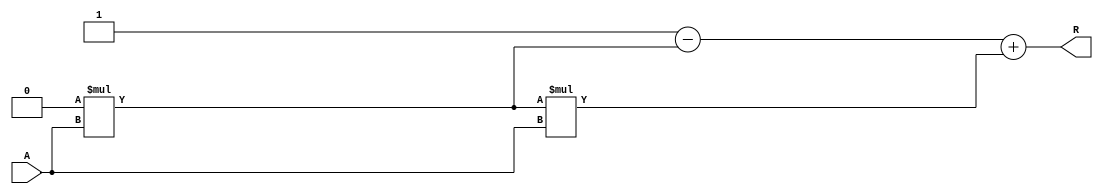
module ApproximateReciprocal #(
    parameter WIDTH = 16  // Bit-width of the input and output
)(
    input  wire [WIDTH-1:0] A,  // Input value
    output wire [WIDTH-1:0] R   // Approximate reciprocal of A
);

// Intermediate signal for normalized input
wire [WIDTH-1:0] A_norm;

// Normalize the input so that A is in the range [0, 1]. 
// This is typically done if A is fixed-point and its maximum expected value is known.
// For simplicity, assuming A is already in appropriate range.
assign A_norm = A;

// Polynomial coefficients for a simple approximation.
// Coefficients should be tailored for better accuracy depending on your range.
wire [WIDTH-1:0] c0 = WIDTH'd1; // Typically you may compute more precise coefficients
wire [WIDTH-1:0] c1 = WIDTH'd0; // Placeholder for additional terms
wire [WIDTH-1:0] c2 = WIDTH'd0; // Placeholder for additional terms

// Approximate reciprocal using a simple polynomial a/b (for x near 1)
wire [WIDTH-1:0] approx_R;
assign approx_R = c0 - (c1 * A_norm) + (c2 * A_norm * A_norm);

// R will be assigned the approximate reciprocal
assign R = approx_R;

endmodule